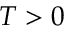
T > 0